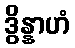
ဒွိန္နာဟံ